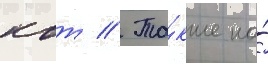
квт // Та́кже на́